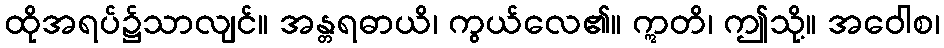
ထိုအရပ်၌သာလျင်။ အန္တရဓာယိ၊ ကွယ်လေ၏။ ဣတိ၊ ဤသို့။ အဝေါစ၊